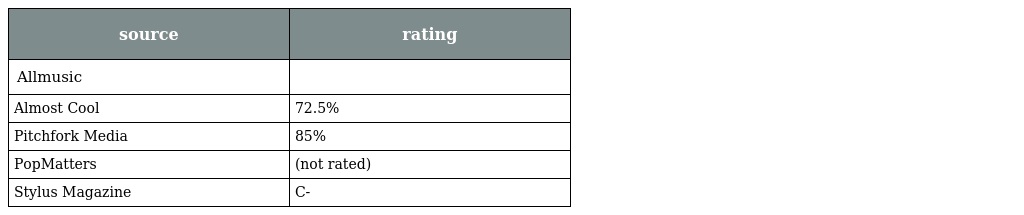
| source | rating |
 | --- | --- |
 | Allmusic |  |
 | Almost Cool | 72.5% |
 | Pitchfork Media | 85% |
 | PopMatters | (not rated) |
 | Stylus Magazine | C- |